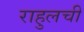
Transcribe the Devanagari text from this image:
राहुलची